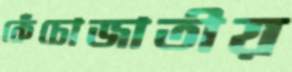
কেঁচোজাতীয়